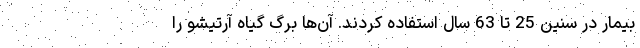
بیمار در سنین 25 تا 63 سال استفاده کردند. آن‌ها برگ گیاه آرتیشو را